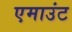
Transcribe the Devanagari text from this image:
एमाउंट